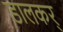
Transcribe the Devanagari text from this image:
डालकर्